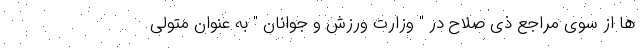
ها از سوی مراجع ذی صلاح در " وزارت ورزش و جوانان " به عنوان متولی